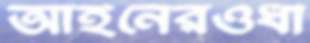
আইনেরওধী